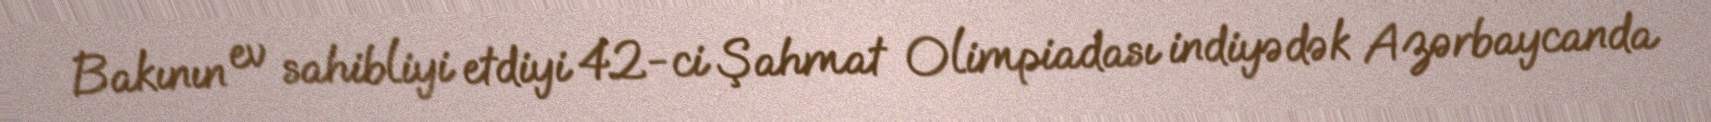
Bakının ev sahibliyi etdiyi 42-ci Şahmat Olimpiadası indiyədək Azərbaycanda